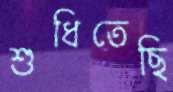
শুধিতেছি